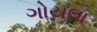
ગોયલા